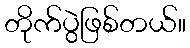
တိုက်ပွဲဖြစ်တယ်။